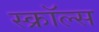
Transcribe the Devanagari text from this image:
स्क्रॉल्स